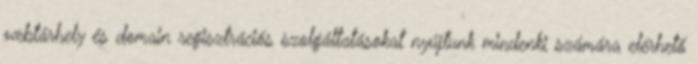
webtárhely és domain regisztrációs szolgáltatásokat nyújtunk mindenki számára elérhető